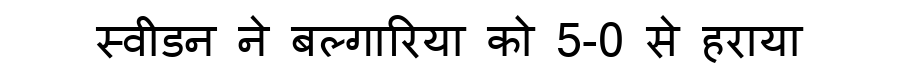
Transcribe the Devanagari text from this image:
स्वीडन ने बल्गारिया को 5-0 से हराया